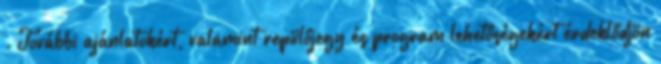
. További ajánlatokért, valamint repülőjegy és program lehetőségekért érdeklődjön